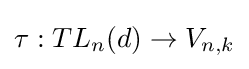
\tau :TL_{n}(d)\to V_{n,k}